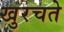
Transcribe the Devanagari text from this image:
खुरचते